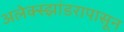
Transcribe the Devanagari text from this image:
अलेक्स्झांडरापासून